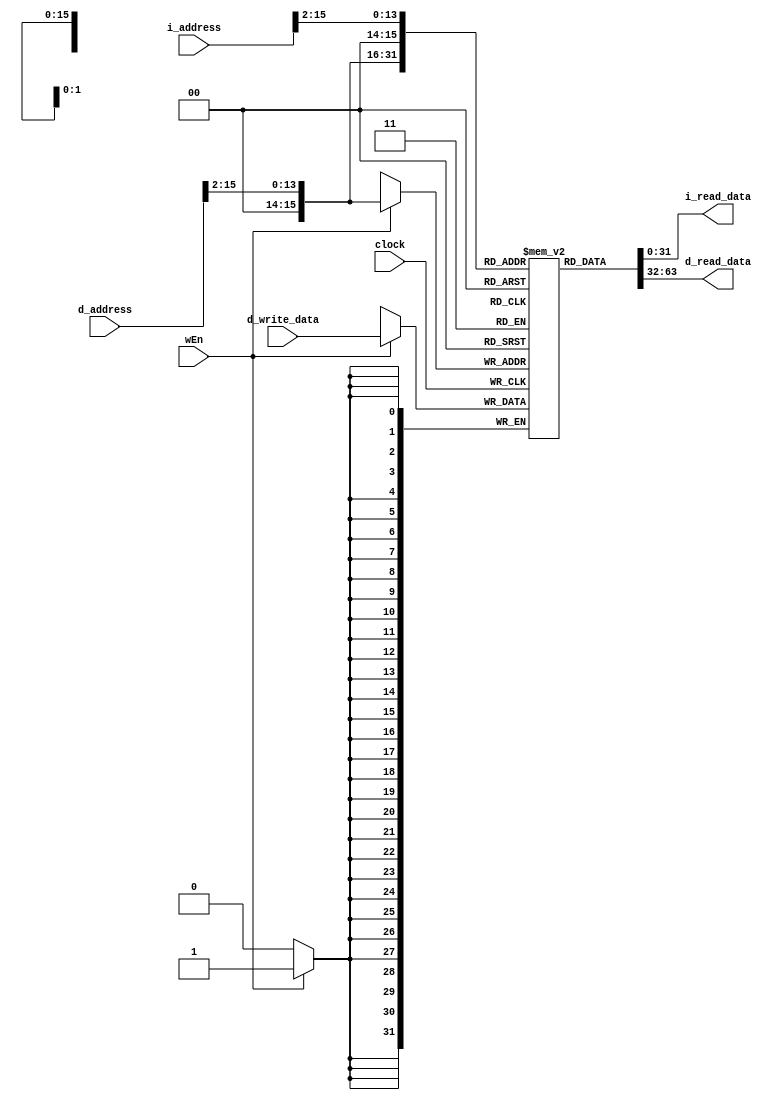
// Name: Chukwuemeka Opara, Donovan Jones
// BU ID: U48395858, U35079015
// EC413 Project: Ram Module

module ram #(
  parameter DATA_WIDTH = 32,
  parameter ADDR_WIDTH = 16
) (
  input  clock,

  // Instruction Port
  input  [ADDR_WIDTH-1:0] i_address, //2^16 - 1 max
  output [DATA_WIDTH-1:0] i_read_data, 

  // Data Port
  input  wEn,
  input  [ADDR_WIDTH-1:0] d_address, 
  input  [DATA_WIDTH-1:0] d_write_data,
  output [DATA_WIDTH-1:0] d_read_data

);

localparam RAM_DEPTH = 1 << ADDR_WIDTH; 

reg [DATA_WIDTH-1:0] ram [0:RAM_DEPTH-1]; // (2^16-1) by 32bit


/*code*/


//combinational reads (word-aligned)

assign d_read_data = ram[d_address[ADDR_WIDTH-1:2]];
assign i_read_data = ram[i_address[ADDR_WIDTH-1:2]]; 

//synchronous writes

always @(posedge clock) begin
	if (wEn==1) begin
		ram[d_address[ADDR_WIDTH-1:2]]<=d_write_data;
	end
end

endmodule